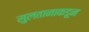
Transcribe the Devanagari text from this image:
सुलतानाकडून